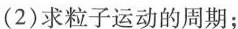
(2)求粒子运动的周期；